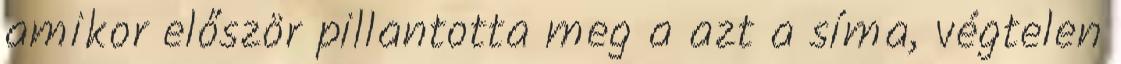
amikor először pillantotta meg a azt a síma, végtelen